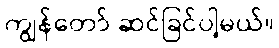
ကျွန်တော် ဆင်ခြင်ပါ့မယ်။